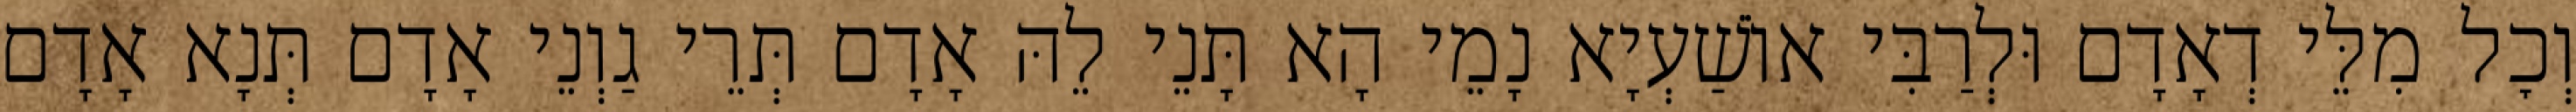
וְכׇל מִלֵּי דְאָדָם וּלְרַבִּי אוֹשַׁעְיָא נָמֵי הָא תָּנֵי לֵהּ אָדָם תְּרֵי גַוְנֵי אָדָם תְּנָא אָדָם